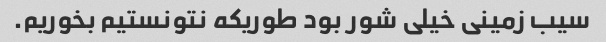
سیب زمینی خیلی شور بود طوریکه نتونستیم بخوریم.